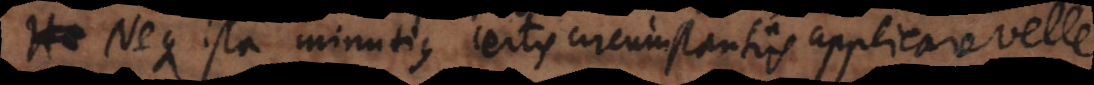
. Neque ista minutius certis circumstantiis applicare velle